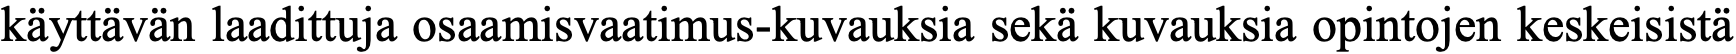
käyttävän laadittuja osaamisvaatimus-kuvauksia sekä kuvauksia opintojen keskeisistä